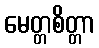
မေတ္တစိတ္တာ